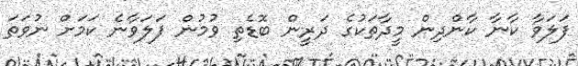
ފަލަވާ ކާނާ ކާންދިން މީދާތަކުގެ ދަރީން ބޮޑެތި ވުމުން ފަލަވާނެ ކަމަށް ނުވަތަ